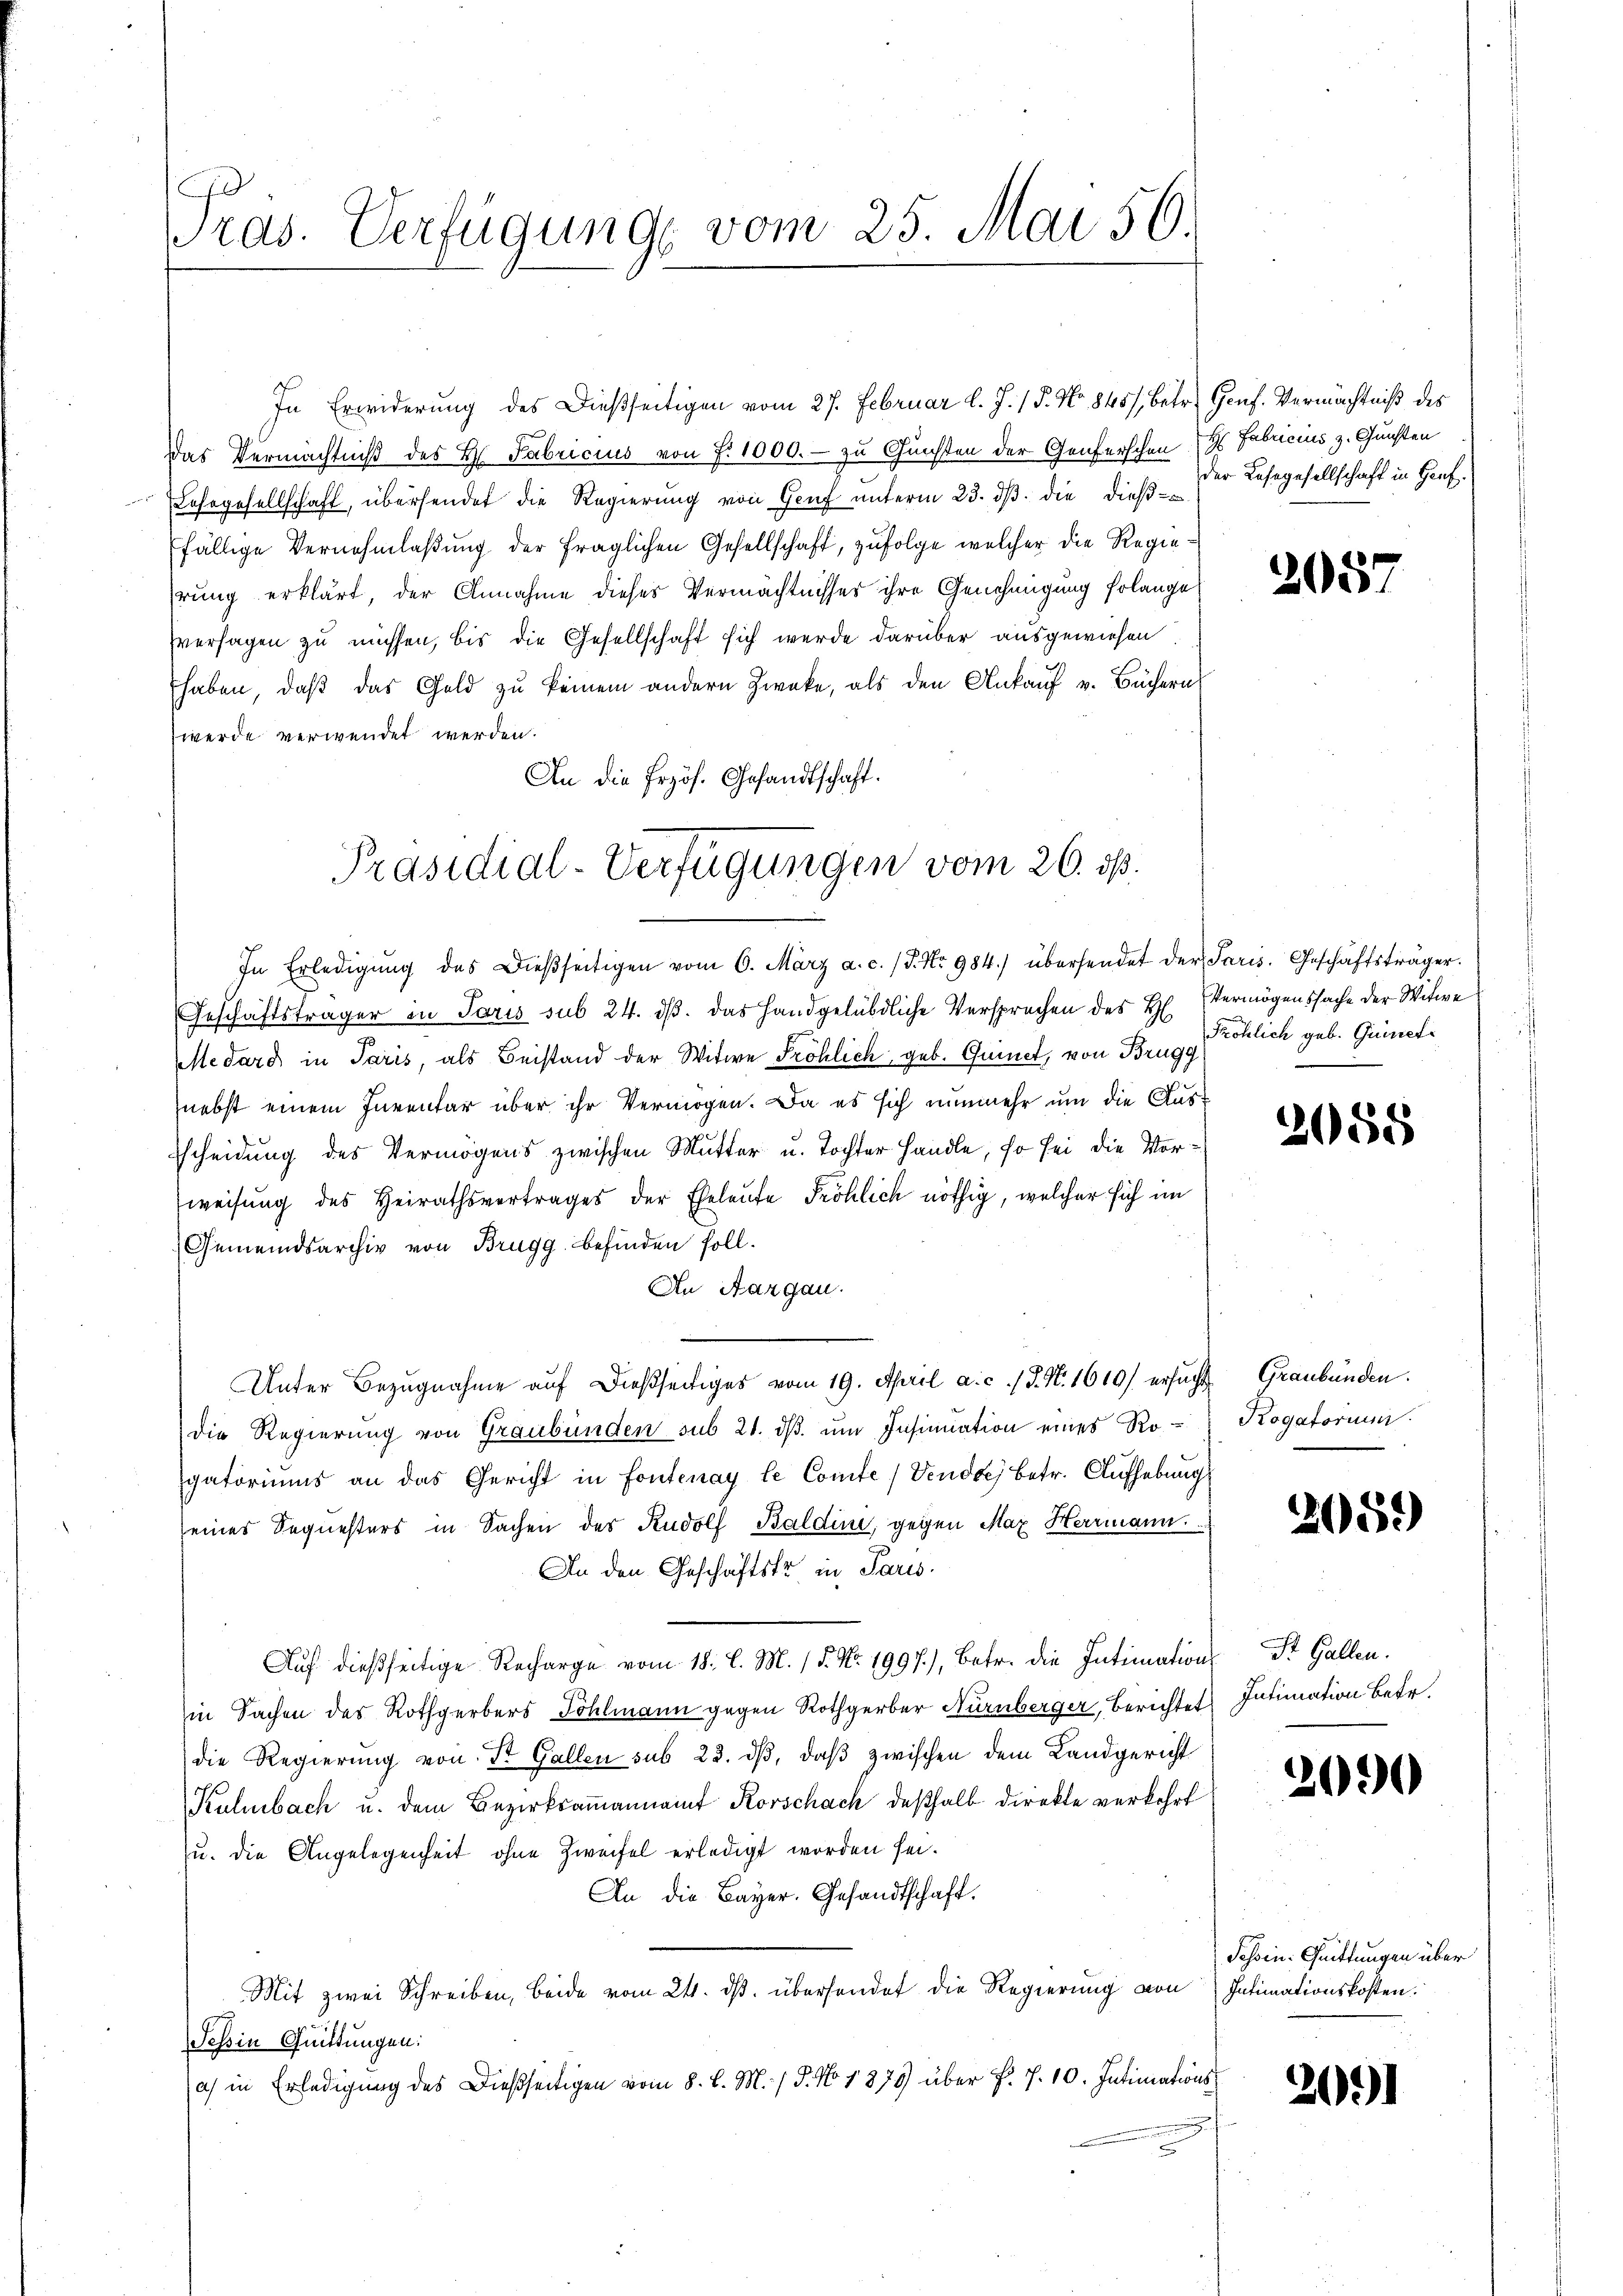
G
Gras. Verfügung vom 25. Mai 56.

In Erwiderung des Dießseitigen vom 27. Februar l. J. / 5. No 845/, Betr. Genf. Vermächtniß des
Das Vermächtniß des H. Fabricius von f. 1000. - zu Gunsten der Genferschen Fabricius z. Gunsten
Lohngesellschaft, übersendet die Regierung von Genf unterm 23. ds. die dießfällige Vernehmlaßung der fraglichen Gesellschaft, zufolge welcher die Regiehrung erklärt, der Annahme dieses Vermächtnisser ihre Genehmigung solange
sversagen zu müssen, bis die Gesellschaft sich werde darüber ausgewiesen
haben, daß das Geld zu keinem andern Zwecke, als den Ankauf v. Büchern
werde verwendet werden.
An die Erzös. Gesandtschaft.

In Erledigŭng des Dieβseitigen vom 6. März a. c. (S. Nr. 984.) übersendet der Paris. Geschäftsträger.
Geschäftsträger in Paris sub 24. ds. das Handgelübdliche Versprochen des H. Vermögenssache der Witwe
pstedard in Paris, als Beistand der Witwe Fröhlich, geb. Quinet, von Brugg
nebst einem Inventar über ihr Vermögen. Da es sich nunmehr um die Aus¬
Escheidung des Vermögens zwischen Mutter u. Tochter Handle, so sei die Vorweisung des Heirathsvertrages der Eheleute Fröhlich nöthig, welcher sich im
Gemeindsarchiv von Brugg befinden soll.
An Aargau.
Unter Bezugnahme auf dießseitiges vom 19. April a. c. / J. N. 1610) ersucht Graubünden.
die Regierung von Graubünden sub 21. ds. um Insinuation eines Rogatoriums an das Gericht in Fontenay le Comte / Vendoch betr. Aufhebung
eines Sequesters in Sachen des Rudolf Baldini, gegen Max Herrmann.
An den Geschäftstr in Paris.
Auf dießseitige Recharge vom 18. l. M. 15. No. 1997), betr. die Intimations St. Gallen.
in Sachen des Rothgerbers Döhlmann gegen Rothgerber Nürnberger, Berichtet Intimation betr.
die Regierŭng von St. Gallen sub 23. dβ, daβ zwischen dem Landgericht
Kulmbach u. dem Bezirksamannamt Korschach deßhalb direkte verkehrt
u. die Angelegenheit ohne Zweifel erledigt worden sei.
An die Bayer. Gesandtschaft.
Mit zwei Schreiben, beide vom 24. ds. übersendet die Regierung von Intimationskosten.
Tessin Quittungen:
a) in Erledigung des Dießseitigen vom 8. d. M. / 5. No 1879 über F. J. 10. Intimations¬

Präsidial-Verfügungen vom 26. ds.

der Lesegesellschaft in Hanf¬

205

Pröhlich geb. Guinet

2088

Kogatorium.

2059

200

Schin: Quittungen über

2051